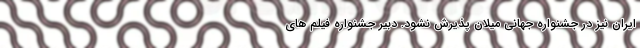
ایران نیز در جشنواره جهانی میلان پذیرش نشود. دبیر جشنواره فیلم های